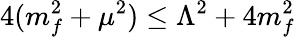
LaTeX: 4(m_{f}^{2}+\mu^{2})\le\Lambda^{2}+4m_{f}^{2}